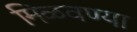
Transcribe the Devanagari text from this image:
मिळवण्या